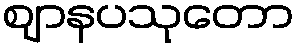
ဈာနပသုတော